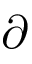
\partial